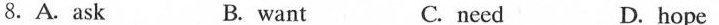
8.A.Ask B. want C. need D. hope